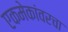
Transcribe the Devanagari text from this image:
एकमेकांवरचा